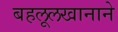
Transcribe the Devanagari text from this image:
बहलूलखानाने